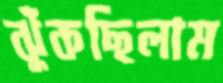
ঝুঁকছিলাম